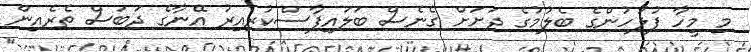
މި މީހާ ފުލުހުންގެ ބެލުމުގެ ދަށަށް ގެނެސް ބަަލައިފާސްކުރިއިރު އޭނާގެ ދަބަސް ތެރެއިން